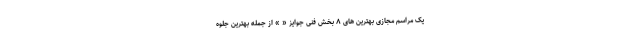
یک مراسم مجازی بهترین های ۸ بخش فنی جوایز « » از جمله بهترین جلوه